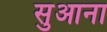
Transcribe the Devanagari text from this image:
सुआना